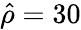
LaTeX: \hat{\rho}=30